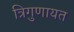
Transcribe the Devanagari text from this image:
त्रिगुणायत